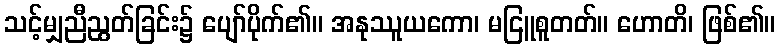
သင့်မျှညီညွတ်ခြင်း၌ ပျော်ပိုက်၏။ အနုဿူယကော၊ မငြူစူတတ်။ ဟောတိ၊ ဖြစ်၏။